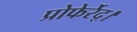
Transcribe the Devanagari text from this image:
प्रोफेर्रेद्।